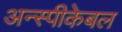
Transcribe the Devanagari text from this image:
अन्स्पीकेबल